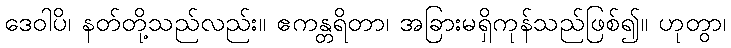
ဒေဝါပိ၊ နတ်တို့သည်လည်း။ ဧကန္တရိတာ၊ အခြားမရှိကုန်သည်ဖြစ်၍။ ဟုတွာ၊